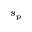
s _ { p }